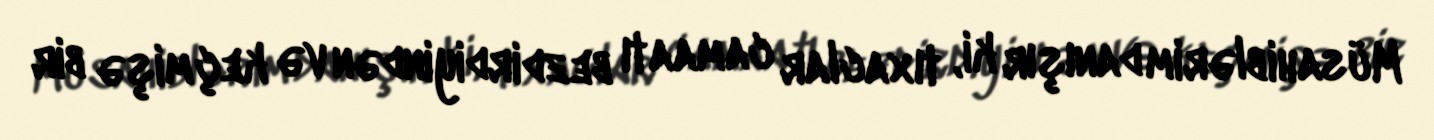
Müsahiblərim danışır ki, tıxaclar camaatı bezdirdiyindən və keçmişə bir